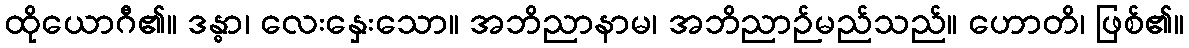
ထိုယောဂီ၏။ ဒန္ဓာ၊ လေးနှေးသော။ အဘိညာနာမ၊ အဘိညာဉ်မည်သည်။ ဟောတိ၊ ဖြစ်၏။